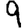
Digit: 9